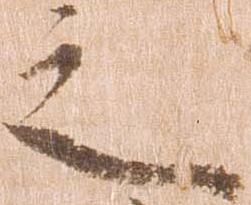
之